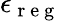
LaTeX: \epsilon_{\mathrm{~r~e~g~}}